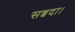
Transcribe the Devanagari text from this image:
सब्बदा।